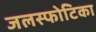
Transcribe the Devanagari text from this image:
जलस्फोटिका